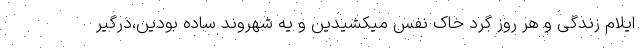
ایلام زندگی و هر روز گرد خاک نفس میکشیدین و یه شهروند ساده بودین،درگیر